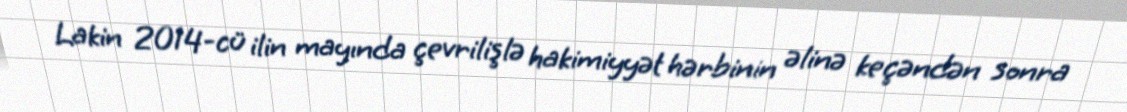
Lakin 2014-cü ilin mayında çevrilişlə hakimiyyət hərbinin əlinə keçəndən sonra